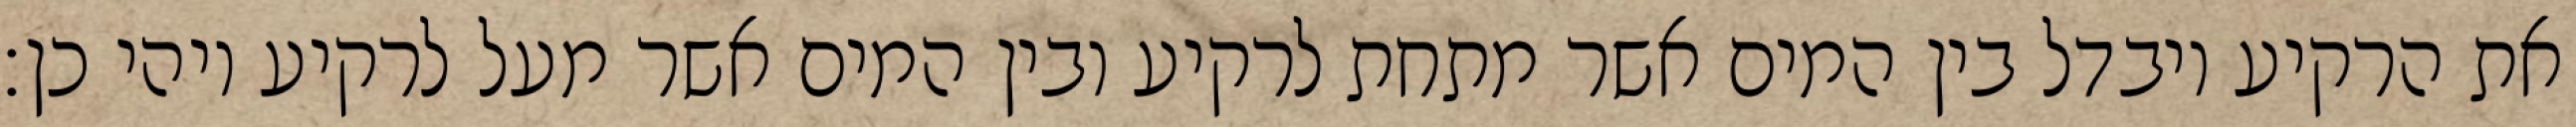
את הרקיע ויבדל בין המים אשר מתחת לרקיע ובין המים אשר מעל לרקיע ויהי כן׃